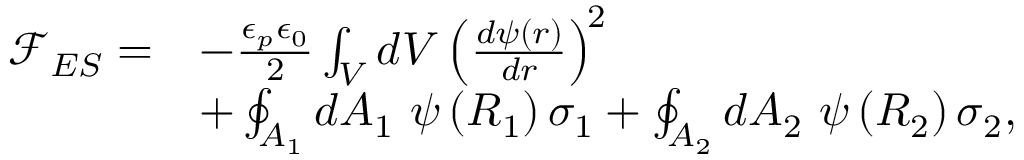
\begin{array} { r l } { \mathcal { F } _ { E S } = } & { - \frac { \epsilon _ { p } \epsilon _ { 0 } } { 2 } \int _ { V } d V \left( \frac { d \psi ( r ) } { d r } \right) ^ { \! 2 } } \\ & { + \oint _ { A _ { 1 } } d A _ { 1 } ~ \psi \left( R _ { 1 } \right) \sigma _ { 1 } + \oint _ { A _ { 2 } } d A _ { 2 } ~ \psi \left( R _ { 2 } \right) \sigma _ { 2 } , } \end{array}